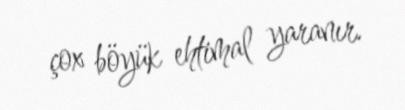
çox böyük ehtimal yaranır.